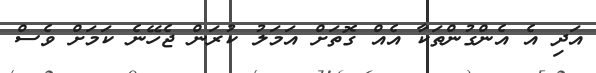
އަދި އެ އެންގުންތަކާ އެއް ގޮތަށް އަމަލު ކުރަން ޖެހޭނެ ކަމަށް ވެސް